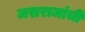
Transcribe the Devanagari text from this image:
जसराजांची